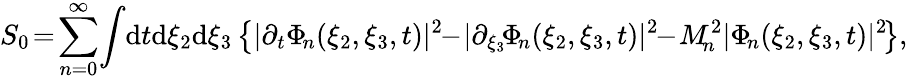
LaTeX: S_{0}\! =\! \sum_{n=0}^{\infty}\! \int\! \mathrm{d}t\mathrm{d}\xi_{2}\mathrm{d}\xi_{3}\left\{ |\partial_{t}\Phi_{\! n}(\xi_{2},\xi_{3},t)|^{2}\! \! -\! |\partial_{\xi_{3}}\! \Phi_{\! n}(\xi_{2},\xi_{3},t)|^{2}\! \! -\! M_{\! n}^{2}|\Phi_{\! n}(\xi_{2},\xi_{3},t)|^{2}\! \right\} ,